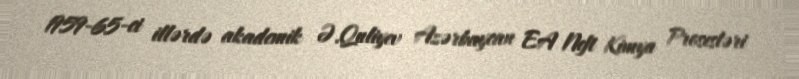
1959-65-ci illərdə akademik Ə.Quliyev Azərbaycan EA Neft Kimya Prosesləri